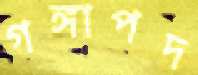
গঙ্গাপদ